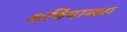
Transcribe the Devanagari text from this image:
क्षत्रियाख्या